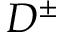
D ^ { \pm }